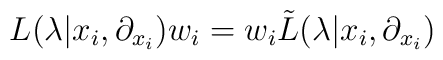
L(\lambda|x_i,\partial_{x_i})w_i=w_i{\tilde L}(\lambda|x_i,\partial_{x_i})